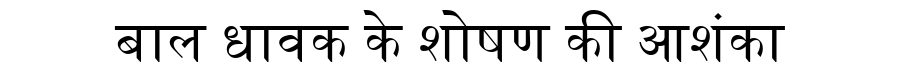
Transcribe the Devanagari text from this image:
बाल धावक के शोषण की आशंका